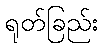
ရုတ်ခြည်း